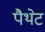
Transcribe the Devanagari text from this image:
पैथेट